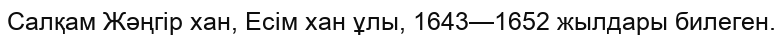
Салқам Жәңгір хан, Есім хан ұлы, 1643—1652 жылдары билеген.